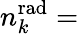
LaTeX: n_{k}^{\mathrm{rad}}=